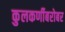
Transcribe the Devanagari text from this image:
कुलकर्णीबरोबर